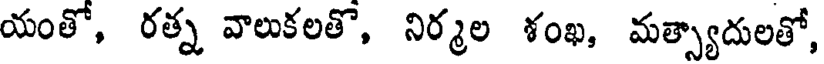
యంతో, రత్న వాలుకలతొ, నిర్మల శంఖ, మత్స్యాదులతో,